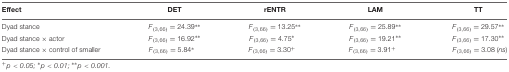
| Effect | DET | rENTR | LAM | TT |
 | --- | --- | --- | --- | --- |
 | Dyad stance | F(3,66) = 24.39∗∗ | F(3,66) = 13.25∗∗ | F(3,66) = 25.89∗∗ | F(3,66) = 29.57∗∗ |
 | Dyad stance × actor | F(3,66) = 16.92∗∗ | F(3,66) = 4.75∗ | F(3,66) = 19.21∗∗ | F(3,66) = 17.30∗∗ |
 | Dyad stance × control of smaller | F(3,66) = 5.84∗ | F(3,66) = 3.30+ | F(3,66) = 3.91+ | F(3,66) = 3.08 (ns) |